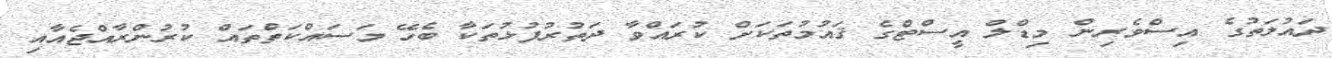
ދައުލަތުގެ އިސްވެރިން މިޑްލް އީސްޓްގެ ޤައުމުތަކަށް ކުރައްވާ ދަތުރުފުޅުތަކާ ބެހޭ މަސައްކަތްތައް ކުރުންރާއްޖެއާއި